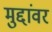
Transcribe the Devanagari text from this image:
मुद्दांवर